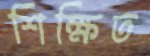
শিক্ষিত